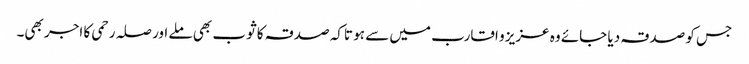
جس کو صدقہ دیا جائے وہ عزیز و اقارب میں سے ہو تاکہ صدقہ کا ثوب بھی ملے اور صلہ رحمی کا اجر بھی۔